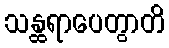
သန္ထရာပေတွာတိ